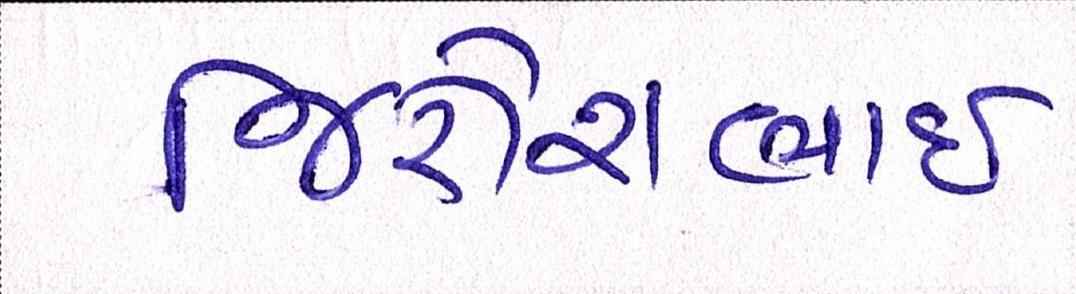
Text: જિજ્ઞેશભાઇ